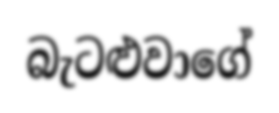
බැටළුවාගේ